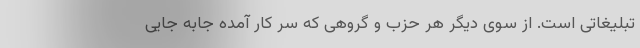
تبلیغاتی است. از سوی دیگر هر حزب و گروهی که سر کار آمده جابه جایی